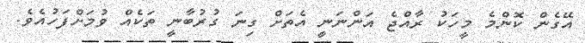
އޭގެން ކޮންމެ މީހަކު ރާއްޖެ އަންނަނީ އެތަށް ގިނަ ގުރުބާނީ ތަކެއް ވުމަށްފަހުއެވެ.